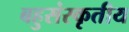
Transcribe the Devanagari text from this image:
बहुसंस्कृतीय